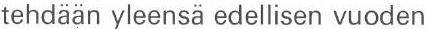
tehdään yleensä edellisen vuoden